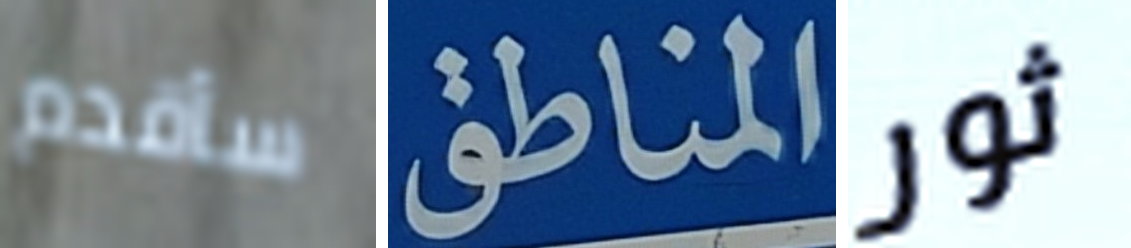
سأقدم المناطق ثور